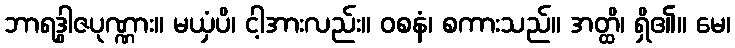
ဘာရဒွါဇပုဏ္ဏား။ မယှံပိ၊ ငါ့အားလည်း။ ဝစနံ၊ စကားသည်။ အတ္ထိ၊ ရှိ၏။ မေ၊